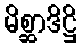
မိစ္ဆာဒိဋ္ဌိ